King Institute of Preventive Medicine Micro-Biological Section reports 1909-11
Year: 1909
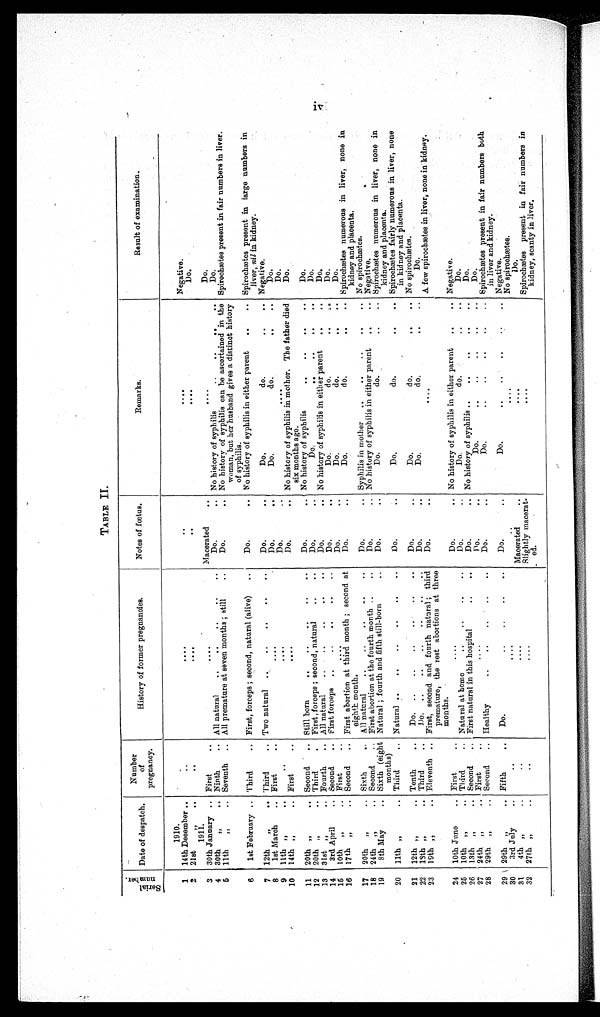
TABLE II.
S e r i a l
nu
m b e r .
Date of despatch.
Number
of
pregnancy.
History of former pregnancies.
Notes of foetus.
Remarks.
Result of examination.
1910.
1
14th December
..
. . . .
..
. . . .
Negative.
2 21st ,,
. . . .
. .
. . . . .
1911.
.
3
30th January
First
. . . .
Macerated
. . . .
Do.
4 30th
„
Ninth
All natural
Do.
No history of syphilis
Do.
5 11th.. , ,
Seventh
All premature at seven months ; still
Do.
No history of syphilis can be ascertained in the
woman, but her husband gives a distinct history
of syphilis.
Spirochætes present in fair numbers in liver.
6
1st February
Third
First, forceps ; second, natural (alive)
Do.
No history of syphilis in either parent
Spirochætes present in large numbers in
liver, nil in kidney.
7 12th
,,
Third
Two natural
.
Do.
do.
..
.. Negative.
8
1st March
First
. .
Do.
Do.
do.
..
..
Do.
9
11th „
.
..
. .
Do.
. . . .
Do.
10 14th „
First
. .
Do.
No history of syphilis in mother. The father died
six months ago.
Do.
11 20th „
Second
Still born
Do.
.. No history of syphilis
Do.
12
20th ,,
.. Third
First, forceps ; second, natural
..
..
Do.
Do.
Do.
13 31st „
.. Fourth
.. All natural
Do.
.. No history of syphilis in either parent
Do.
14
3rd April
.. Second
.. First forceps ..
..
..
..
..
Do.
Do.
do.
Do.
15
10th „
.. First..
....
Do.
..
Do.
do.
..
..
Do.
16
17th ,,
.. Second
First abortion at third month ; second at
eighth m o n t h .
Do.
..
Do.
do.
..
.. Spirochætes numerous in liver, none in
kidney and placenta.
17
20th
„
.. Sixth
All natural
..
..
..
..
..
Do.
.. Syphilis in mother
..
..
..
..
.. No spirochætes.
18
24th „
.. Second
.. First abortion at the fourth month ..
..
Do.
.. No history of syphilis in either parent
..
.. Negative.
19
8th May
.. Sixth (eight
months)
Natural ; fourth and fifth still-born
..
Do.
do.
..
.. Spirochætes numerous in liver, none in
kidney and placenta.
20
11th „
.. Third
. . Natural ..
..
..
..
..
..
Do.
Do. do. .. ..
Spirochætes fairly numerous in liver, none
in kidney and placenta.
21
12th „
Tenth
..
Do.
..
..
..
..
..
..
Do.. .
Do.
do.
..
.. No spirochætes.
22 13th „
. . Third
..
Do.
Do.
Do.
do.
.. . .
Do.
23
19th ,,
.. Eleventh .. First, second and fourth natural ; third
premature, the rest abortions at three
months.
Do.
..
. . . .
A few spirochætes in liver, none in kidney.
24 10th June
.. First
..
....
Do.
.. No history of syphilis in either parent
.. Negative.
25 10th „
. . Third
. . Natural at home
..
..
..
..
Do..
.
do.
..
..
Do.
26
13th „
.. Second
.. First natural in this hospital
..
..
Do.
.. No history of syphilis ..
..
..
..
..
Do.
27
24th. „
.. First..
.. ..
Do.
..
Do.
..
..
..
Do.
28
29th „
.. Second
.. Healthy
..
..
..
..
Do.
..
Do.
..
..
..
..
Spirochætes present in fair numbers both
in liver and kidney.
29 29th,,
Fifth
. .
Do.
..
Do.
. . . .. .
Negative.
30
3rd July
..
. .
. .
.
.
..
. . . .
No spirochætes.
31
4th „
..
....
Macerated
..
. . . .
Do.
32
27th „..
....
.
Slightly macerat-
ed.
. . . .
Spirochætes present in fair numbers in
kidney, scanty in liver.